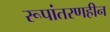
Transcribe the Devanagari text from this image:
रूपांतरणहीन